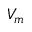
V _ { m }